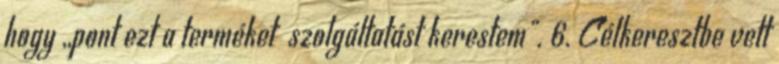
hogy ,,pont ezt a terméket szolgáltatást kerestem". 6. Célkeresztbe vett